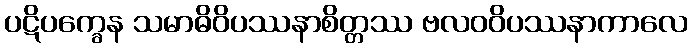
ပဋိပက္ခေန သမာဓိဝိပဿနာစိတ္တဿ ဗလဝဝိပဿနာကာလေ